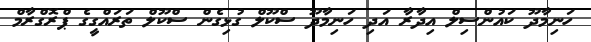
ހަނިމާދޫ ކައުންސިލް އިދާރާ އަދި ހަނިމާދޫ ސްކޫލް ގުޅިގެން ސްކޫލް ތަރައްގީގެ ޕްރޮގްރާމް